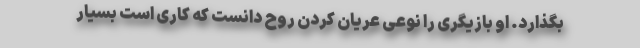
بگذارد. او بازیگری را نوعی عریان کردن روح دانست که کاری است بسیار